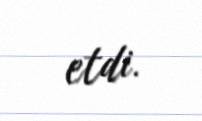
etdi.